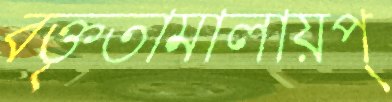
বক্তৃতামালায়প্